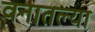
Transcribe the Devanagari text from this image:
वनातल्या